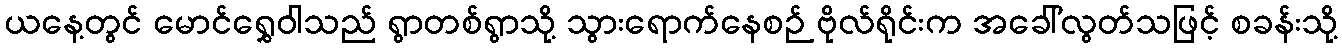
ယနေ့တွင် မောင်ရွှေဝါသည် ရွာတစ်ရွာသို့ သွားရောက်နေစဉ် ဗိုလ်ရိုင်းက အခေါ်လွတ်သဖြင့် စခန်းသို့